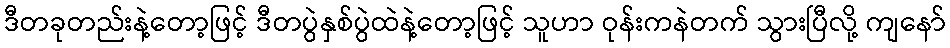
ဒီတခုတည်းနဲ့တော့ဖြင့် ဒီတပွဲနှစ်ပွဲထဲနဲ့တော့ဖြင့် သူဟာ ဝုန်းကနဲတက် သွားပြီလို့ ကျနော်